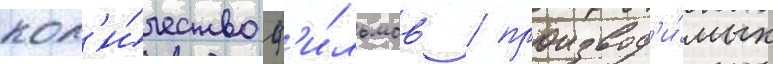
кол'и́чество ф'и́льмов / производ'и́мых